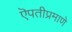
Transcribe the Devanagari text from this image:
ऎपतीप्रमाणे